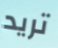
تريد